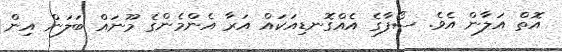
އޮތް އަލާން އެވެ. ސޯފާގެ އެއްގޮނޑިއަކައް އަރާ އެންމެންގެ މޫނައް ބަލަން އިން